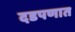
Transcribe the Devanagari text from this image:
दडपणात